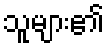
သူများ၏